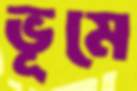
ভূমে